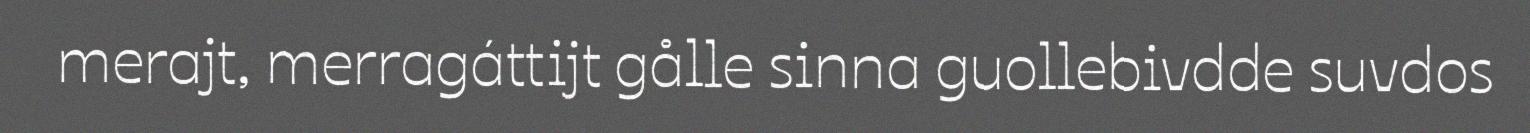
merajt, merragáttijt gålle sinna guollebivdde suvdos